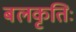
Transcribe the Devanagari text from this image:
बलकृतिः